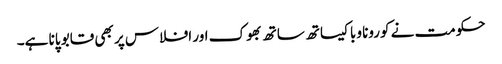
حکومت نے کورونا وبا کیساتھ ساتھ بھوک اور افلاس پر بھی قابو پانا ہے۔